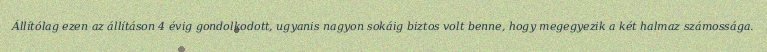
Állítólag ezen az állításon 4 évig gondolkodott, ugyanis nagyon sokáig biztos volt benne, hogy megegyezik a két halmaz számossága.